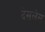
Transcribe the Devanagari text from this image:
देसलेस